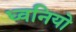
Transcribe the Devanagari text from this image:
ध्वनियो